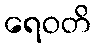
ရေဝတိ